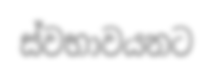
ස්වභාවයනට